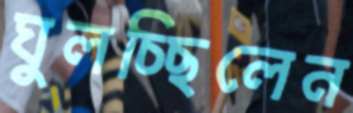
ঘুলচ্ছিলেন